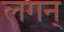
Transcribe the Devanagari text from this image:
लगन्